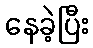
နေခဲ့ပြီး